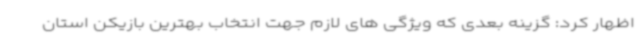
اظهار کرد: گزینه بعدی که ویژگی های لازم جهت انتخاب بهترین بازیکن استان